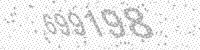
Solution: 699198